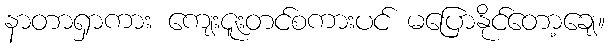
နာတာရှာကား ကျေးဇူးတင်စကားပင် မပြောနိုင်တော့ချေ။